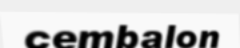
cembalon